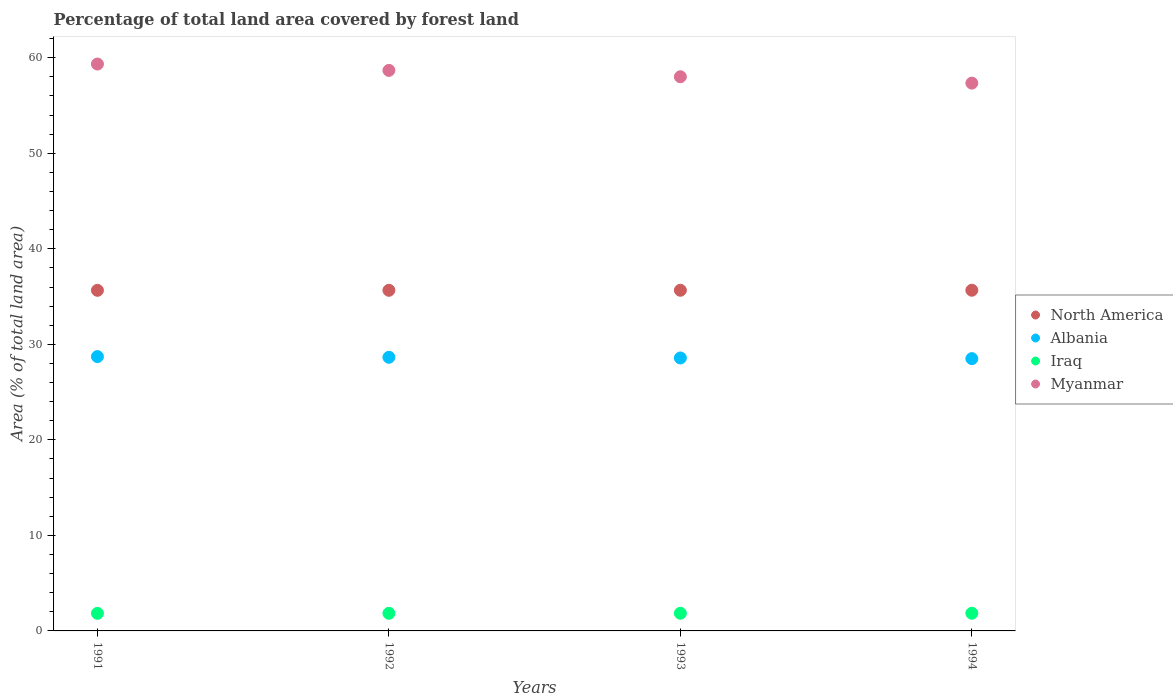
| Years | North America | Albania | Iraq | Myanmar |
 | --- | --- | --- | --- | --- |
 | 1991 | 35.7 | 28.7 | 1.84 | 59.3 |
 | 1992 | 35.7 | 28.6 | 1.84 | 58.7 |
 | 1993 | 35.7 | 28.6 | 1.85 | 58 |
 | 1994 | 35.7 | 28.5 | 1.85 | 57.3 |